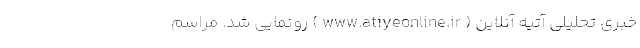
خبری تحلیلی آتیه آنلاین ( www.atiyeonline.ir ) رونمایی شد. مراسم